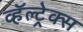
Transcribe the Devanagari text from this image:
व्हॅल्ट्रेक्स